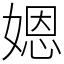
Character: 𡟯